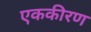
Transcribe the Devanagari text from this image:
एककीरण